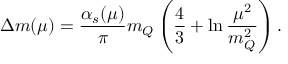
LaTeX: \Delta m ( \mu ) = \frac { \alpha _ { s } ( \mu ) } { \pi } m _ { Q } \left( \frac { 4 } { 3 } + \ln \frac { \mu ^ { 2 } } { m _ { Q } ^ { 2 } } \right) .